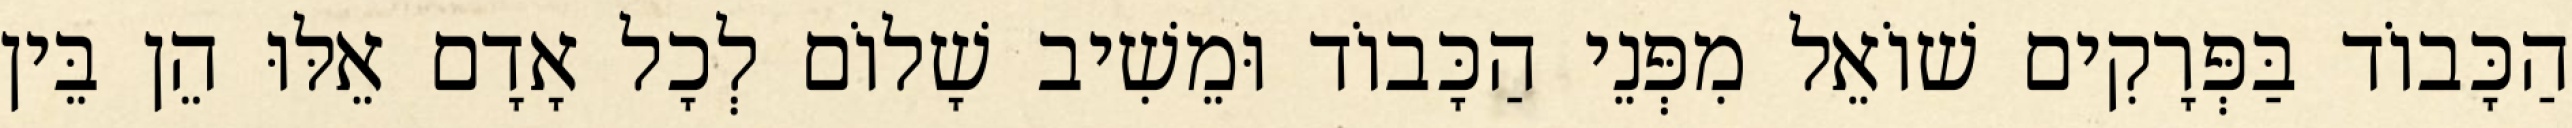
הַכָּבוֹד בַּפְּרָקִים שׁוֹאֵל מִפְּנֵי הַכָּבוֹד וּמֵשִׁיב שָׁלוֹם לְכָל אָדָם אֵלּוּ הֵן בֵּין